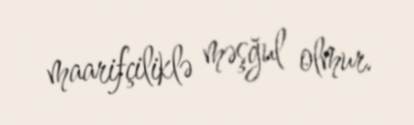
maarifçiliklə məşğul olmur.